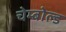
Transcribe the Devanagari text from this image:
चेम्बोल्ड